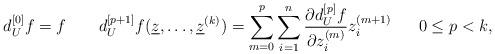
LaTeX: \begin{align*}d_U^{[0]}f=f\ \ \ \ \ \ d_U^{[p+1]}f(\underline{z},\dots,\underline{z}^{(k)})=\sum_{m=0}^p\sum_{i=1}^n\frac{\partial d_U^{[p]}f}{\partial z_i^{(m)}}z_i^{(m+1)}\ \ \ \ \ 0\leq p<k,\end{align*}